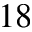
^ { 1 8 }